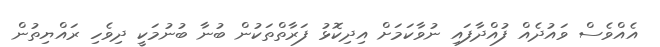
އެއްވެސް ވައުދެއް ފުއްދާފައި ނުވާކަމަށް އިދިކޮޅު ފަރާތްތަކުން ބުނާ ބުނުމަކީ ދިވެހި ރައްޔިތުން